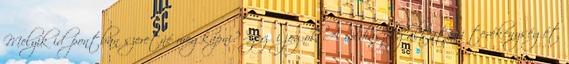
Melyik időpontban szeretné megkapni? Szerzői jogok A médiaszolgáltatási tevékenységét